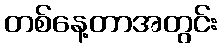
တစ်နေ့တာအတွင်း